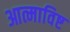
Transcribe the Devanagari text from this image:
आत्माविष्ट